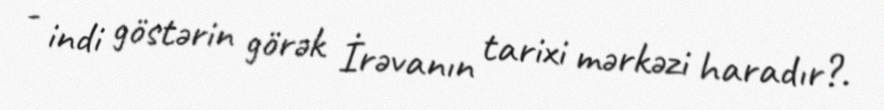
- indi göstərin görək İrəvanın tarixi mərkəzi haradır?.